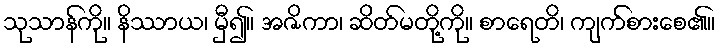
သုသာန်ကို။ နိဿာယ၊ မှီ၍။ အဇိကာ၊ ဆိတ်မတို့ကို။ စာရေတိ၊ ကျက်စားစေ၏။